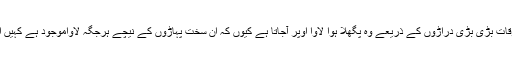
جب کبھی اس توازن میں فرق آتاہے تو ان مقامات پر زلزلے آجاتے ہیں اور بعض اوقات بڑی بڑی دراڑوں کے ذریعے وہ پگھلا ہوا لاوا اوپر آجاتا ہے کیوں کہ ان سخت پہاڑوں کے نیچے ہرجگہ لاواموجود ہے کہیں اس کی گہرائی ہزاروں فٹ میں ہے اور کہیں اس کی گہرائی کئی سو میل نیچے ہے۔